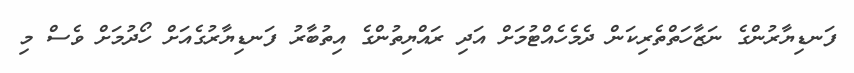
ފަނޑިޔާރުންގެ ނަޒާހަތްތެރިކަން ދެމެހެއްޓުމަށް އަދި ރައްޔިތުންގެ އިތުބާރު ފަނޑިޔާރުގެއަށް ހޯދުމަށް ވެސް މި